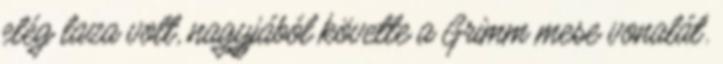
elég laza volt, nagyjából követte a Grimm mese vonalát.